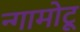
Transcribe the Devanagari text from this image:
न्गामोटू